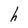
Character: h